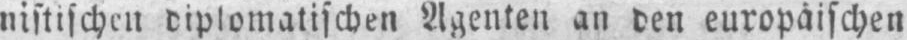
nistischen diplomatischen Agenten an den europäischen